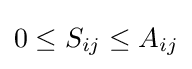
0\leq S_{ij}\leq A_{ij}